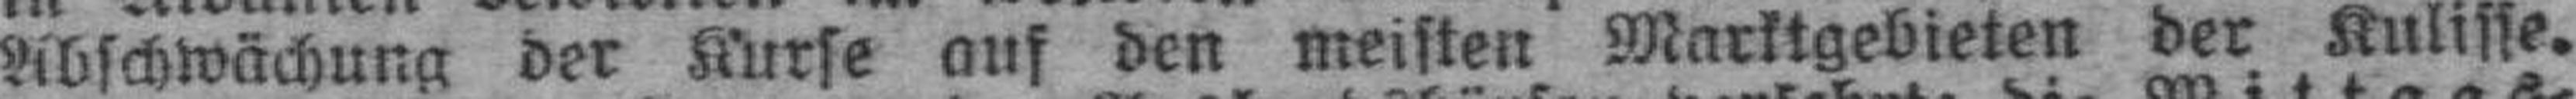
Abschwächung der Kurse auf den meisten Marktgebieten der Kulisse.